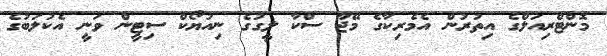
މޮންޓްރިއަލްގެ އިތުރުން އެމެރިކާގެ މޭޖާ ސްކާ ލީގުގެ ނިއުޔޯކް ސިޓީން ވަނީ އެކުލަބުގެ